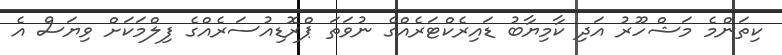
ކިތަންމެ މަޝްހޫރު އަދި ކާމިޔާބު ޑައިރެކްޓަރެއްގެ ނުވަތަ ޕްރޮޑިއުސަރެއްގެ ފިލްމަކަށް ވިޔަސް އެ